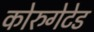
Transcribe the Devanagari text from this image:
कोरुगेटेड